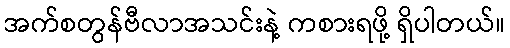
အက်စတွန်ဗီလာအသင်းနဲ့ ကစားရဖို့ ရှိပါတယ်။